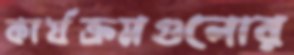
কার্যক্রমগুলোর